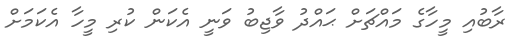
ރާބުއި މީހާގެ މައްޗަށް ޙައްދު ވާޖިބު ވަނީ އެކަން ކުރި މީހާ އެކަމަށް